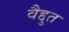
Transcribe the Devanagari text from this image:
वैद्दुत